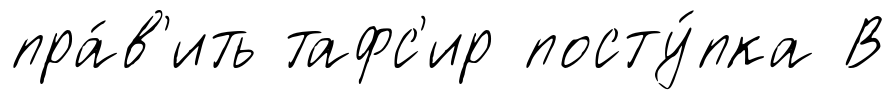
пра́в'ить тафс'ир посту́пка В